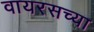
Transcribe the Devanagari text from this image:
वायरसच्या